Statistical return of the lunatic asylum in Assam - 1912-1932
Year: 1912
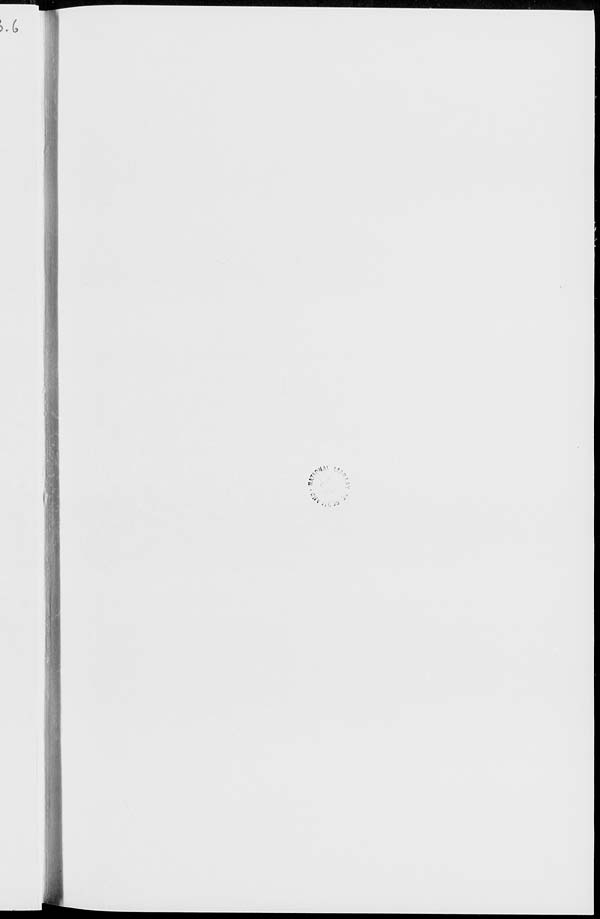
>x
''(